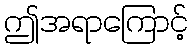
ဤအရာကြောင့်